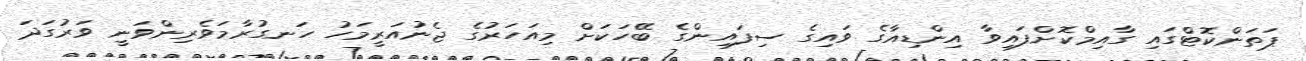
ޕަތަންކޮޓްގައި ގާއިމްކޮށްފައިވާ އިންޑިއާގެ ވައިގެ ސިފައިންގެ ބޭހަކަށް މިއަހަރުގެ ޖެނުއަރީމަހު ހަނގުރާމަވެރިންވަނީ ވަރުގަދަ